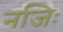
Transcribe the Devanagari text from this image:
नजिः